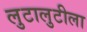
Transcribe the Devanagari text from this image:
लुटालुटीला